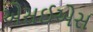
એસઈએસ